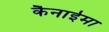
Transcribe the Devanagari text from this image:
कैनाईमा